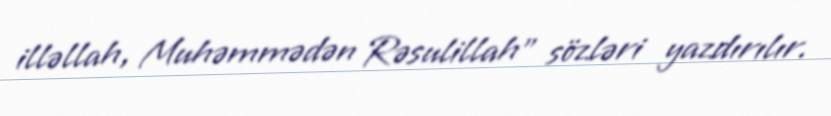
illəllah, Muhəmmədən Rəsulillah" sözləri yazdırılır.